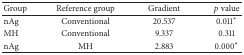
| Group | Reference group | Gradient | p value |
 | --- | --- | --- | --- |
 | nAg | Conventional | 20.537 | 0.011∗ |
 | MH | Conventional | 9.337 | 0.311 |
 | nAg | MH | 2.883 | 0.000∗ |